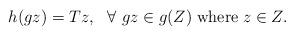
LaTeX: \begin{align*}h(gz)=Tz,~~\forall~gz\in g(Z)\;{\rm where }\; z\in Z.\end{align*}